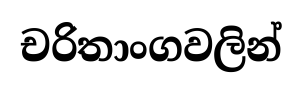
චරිතාංගවලින්